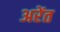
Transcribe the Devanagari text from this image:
अरेंत